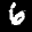
Label: 6